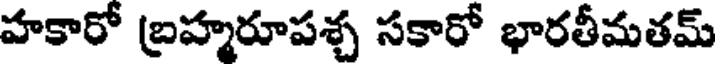
హకారో బ్రహ్మరూపశ్చ సకారో భారతీమతమ్